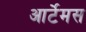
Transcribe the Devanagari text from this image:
आर्टेमस